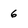
Character: 6